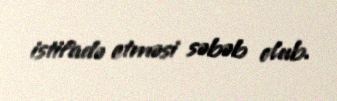
istifadə etməsi səbəb olub.